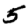
Digit: 5